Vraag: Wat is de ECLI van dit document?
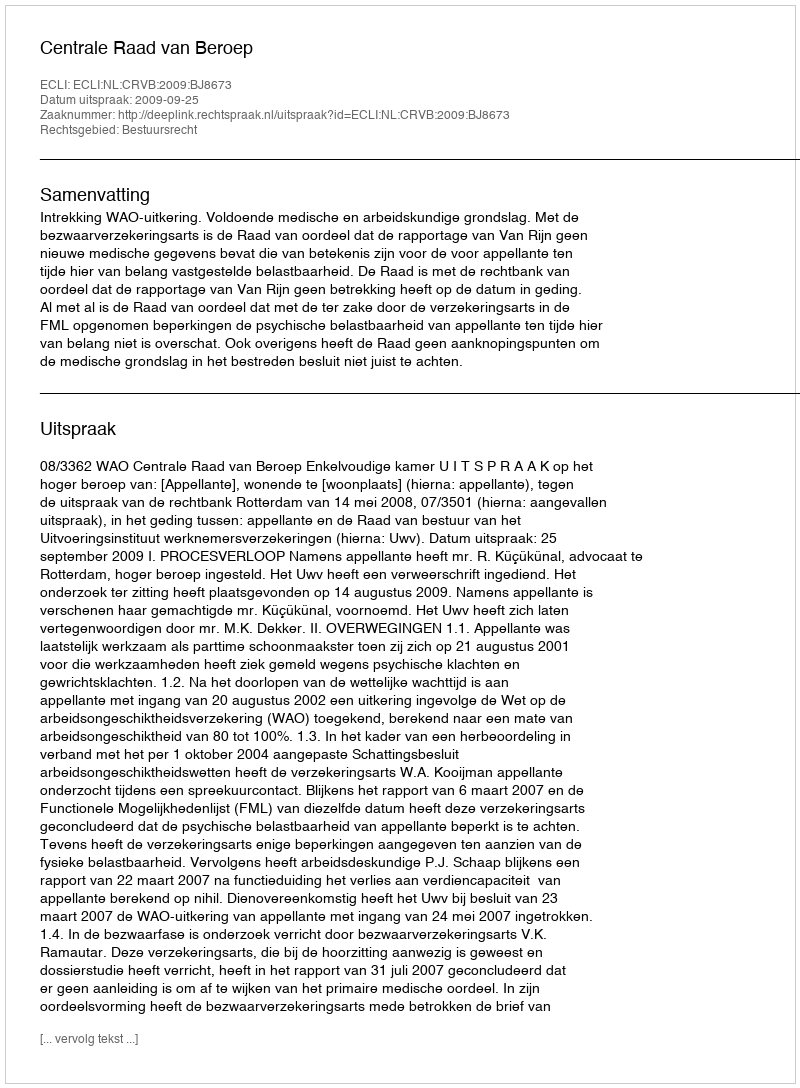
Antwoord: ECLI:NL:CRVB:2009:BJ8673